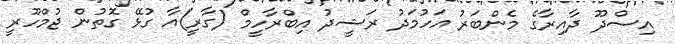
އިސްދޫ ދާއިރާގެ މެންބަރު އަހުމަދު ރަޝީދު އިބްރާހީމް (ގާރީ)އާ ގުޅޭ ގޮތުން ޖުމްހޫރީ